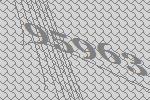
95963